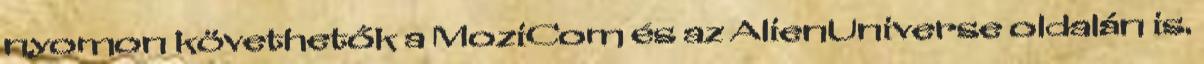
nyomon követhetők a MoziCom és az AlienUniverse oldalán is.